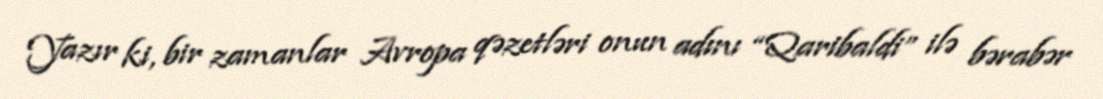
Yazır ki, bir zamanlar Avropa qəzetləri onun adını “Qaribaldi” ilə bərabər